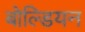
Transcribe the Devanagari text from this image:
बोल्डियन